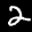
Label: 2